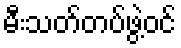
မီးသတ်တပ်ဖွဲ့ဝင်